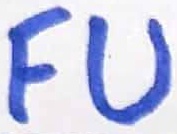
Text: FU